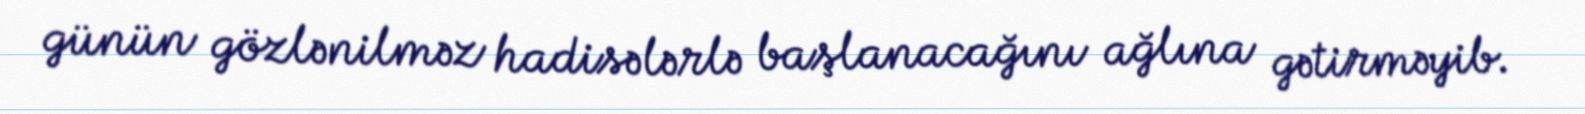
günün gözlənilməz hadisələrlə başlanacağını ağlına gətirməyib.